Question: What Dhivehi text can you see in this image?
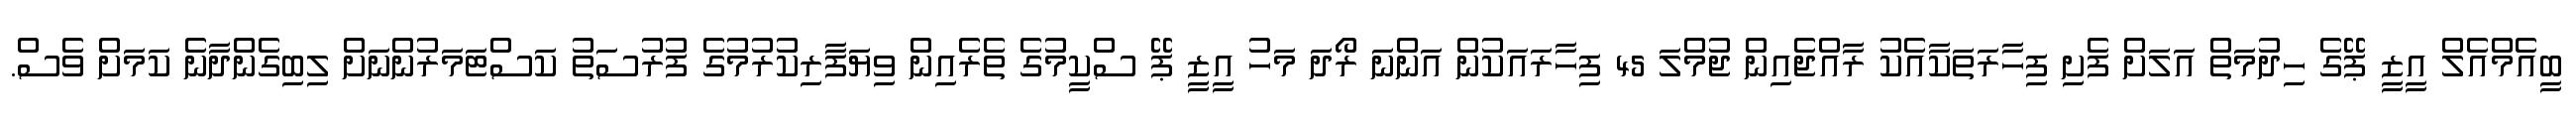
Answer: ބީއެމްއެލް އީޒީ ޕޭގެ ހިދުމަތް އަލަށް ފެށި ފިހާރަތަކާއެކު ރާއްޖެއިން ޖުމްލަ 45 ފިހާރައަކުން އަންނަ ރޯދަ މަހު އީޒީ ޕޭ ސްކީމުގެ ތެރެއިން ވިޔަފާރިކުރުމުގެ ފުރުސަތު ކަސްޓަމަރުންނަށް ލިބިގެންދާނެ ކަމަށް ވެސް.